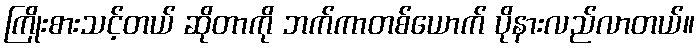
ကြိုးစားသင့်တယ် ဆိုတာကို ဘက်ကာတစ်ယောက် ပိုနားလည်လာတယ်။